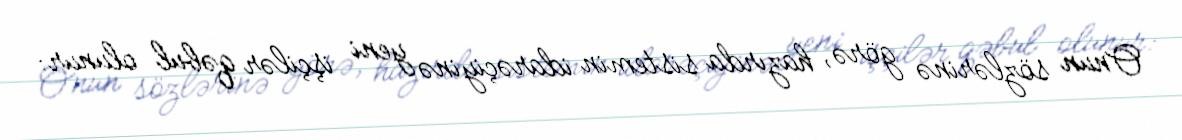
Onun sözlərinə görə, hazırda sistemin idarəçiyinə yeni işçilər qəbul olunur: